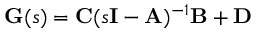
\mathbf { G } ( s ) = \mathbf { C } ( s \mathbf { I } - \mathbf { A } ) ^ { - 1 } \mathbf { B } + \mathbf { D }